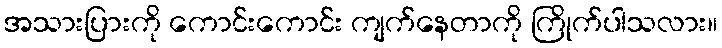
အသားပြားကို ကောင်းကောင်း ကျက်နေတာကို ကြိုက်ပါသလား။